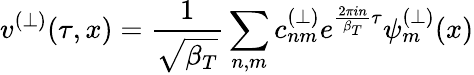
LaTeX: v^{(\perp)}(\tau,x)=\frac{1}{\sqrt{\beta_{T}}}\sum_{n,m}c_{nm}^{(\perp)}e^{\frac{2\pi in}{\beta_{T}}\tau}\psi_{m}^{(\perp)}(x)